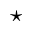
\star